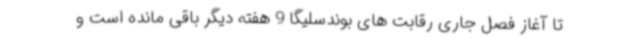
تا آغاز فصل جاری رقابت های بوندسلیگا 9 هفته دیگر باقی مانده است و